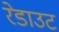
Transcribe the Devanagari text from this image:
रेडाउट